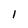
Character: l